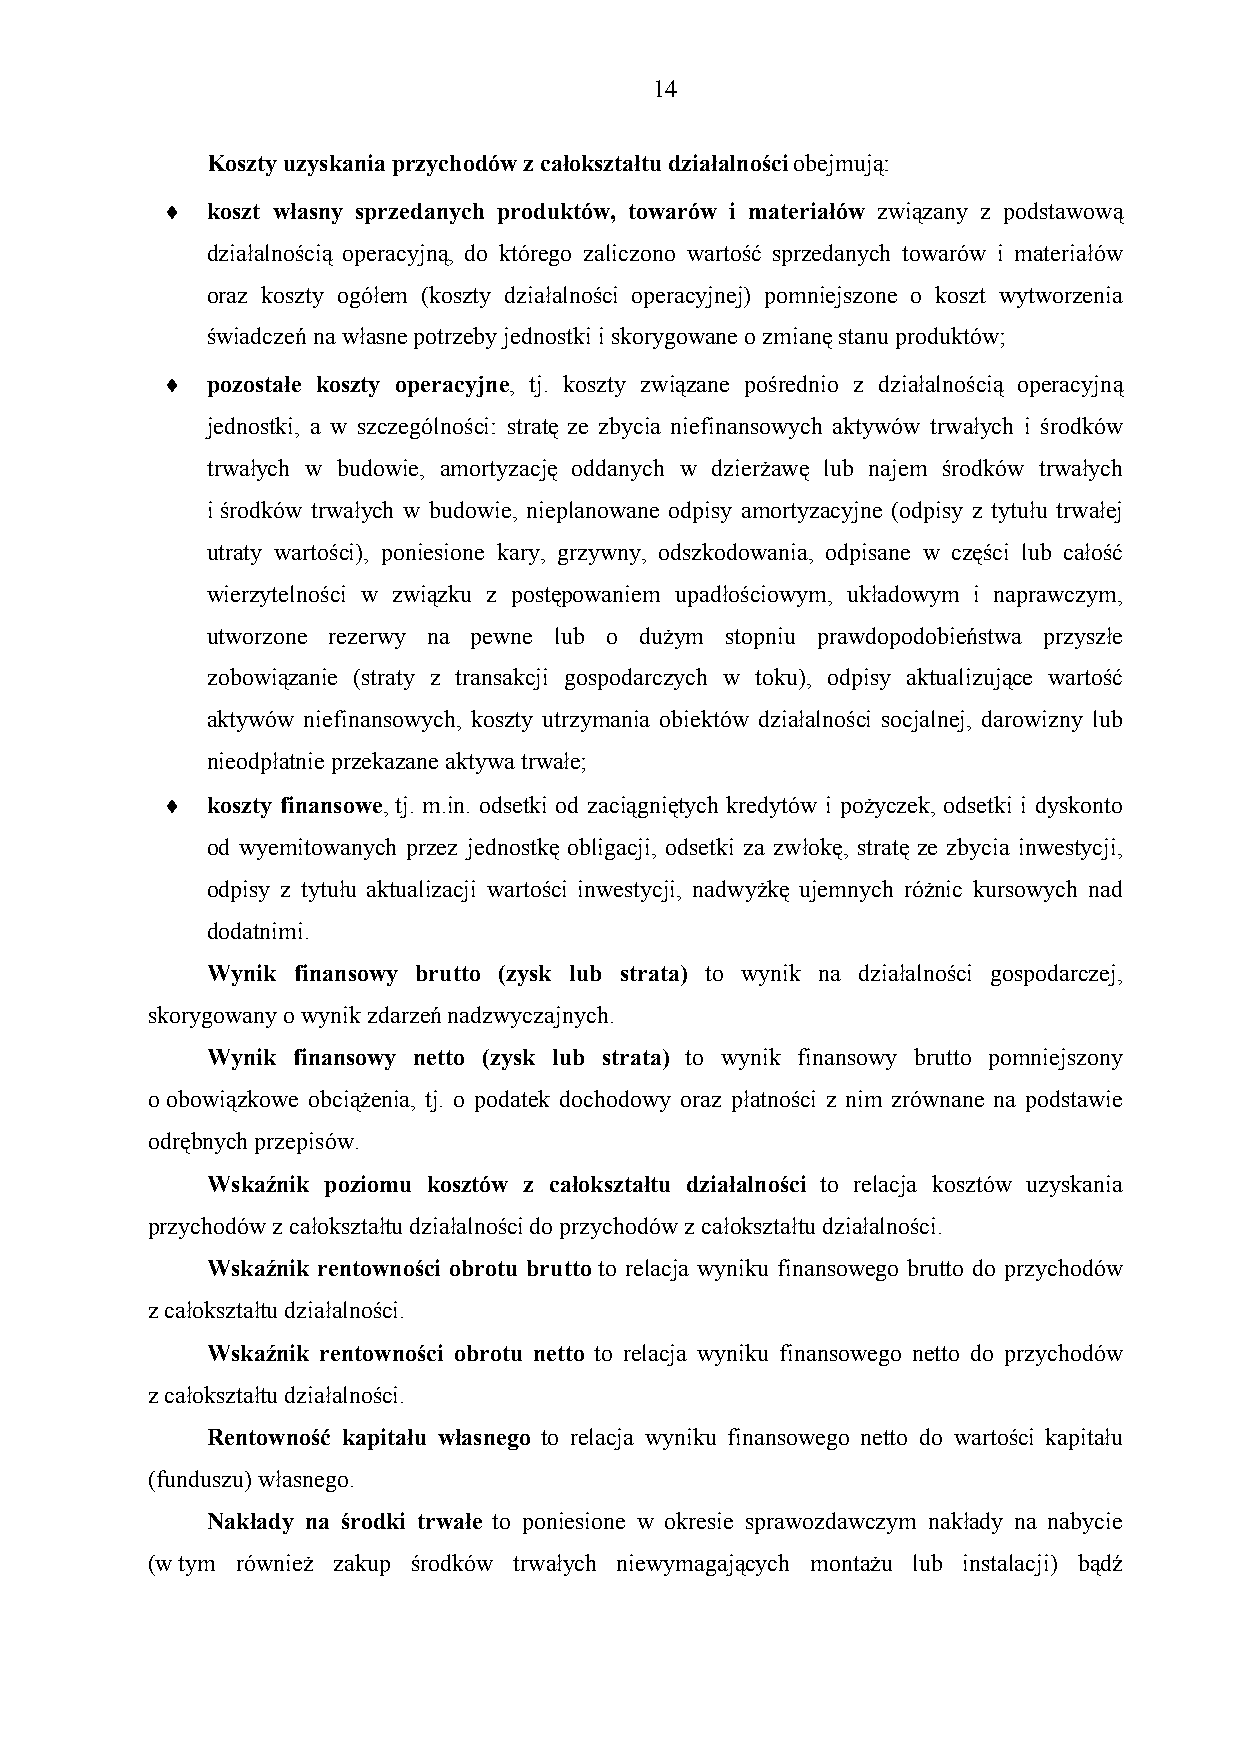
1 4
 Koszty uzyskania przychodów z całokształtu działalności obejmują:
   koszt własny sprzedanych produktów, towarów i materiałów związany z podstawową
 działalnością operacyjną, do którego zaliczono wartość sprzedanych towarów i materiałów
 oraz koszty ogółem (koszty działalności operacyjnej) pomniejszone o koszt wytworzenia
 świadczeń na własne potrzeby jednostki i skorygowane o zmianę stanu produktów;
   pozostałe koszty operacyjne, tj. koszty związane pośrednio z działalnością operacyjną
 jednostki, a w szczególności: stratę ze zbycia niefinansowych aktywów trwałych i środków
 trwałych w budowie, amortyzację oddanych w dzierżawę lub najem środków trwałych
 i środków trwałych w budowie, nieplanowane odpisy amortyzacyjne (odpisy z tytułu trwałej
 utraty wartości), poniesione kary, grzywny, odszkodowania, odpisane w części lub całość
 wierzytelności w związku z postępowaniem upadłościowym, układowym i naprawczym,
 utworzone rezerwy na pewne lub o dużym stopniu prawdopodobieństwa przyszłe
 zobowiązanie (straty z transakcji gospodarczych w toku), odpisy aktualizujące wartość
 aktywów niefinansowych, koszty utrzymania obiektów działalności socjalnej, darowizny lub
 nieodpłatnie przekazane aktywa trwałe;
   koszty finansowe, tj. m.in. odsetki od zaciągniętych kredytów i pożyczek, odsetki i dyskonto
 od wyemitowanych przez jednostkę obligacji, odsetki za zwłokę, stratę ze zbycia inwestycji,
 odpisy z tytułu aktualizacji wartości inwestycji, nadwyżkę ujemnych różnic kursowych nad
 dodatnimi.
 Wynik finansowy brutto (zysk lub strata) to wynik na działalności gospodarczej,
 skorygowany o wynik zdarzeń nadzwyczajnych.
 Wynik finansowy netto (zysk lub strata) to wynik finansowy brutto pomniejszony
 o obowiązkowe obciążenia, tj. o podatek dochodowy oraz płatności z nim zrównane na podstawie
 odrębnych przepisów.
 Wskaźnik poziomu kosztów z całokształtu działalności to relacja kosztów uzyskania
 przychodów z całokształtu działalności do przychodów z całokształtu działalności.
 Wskaźnik rentowności obrotu brutto to relacja wyniku finansowego brutto do przychodów
 z całokształtu działalności.
 Wskaźnik rentowności obrotu netto to relacja wyniku finansowego netto do przychodów
 z całokształtu działalności.
 Rentowność kapitału własnego to relacja wyniku finansowego netto do wartości kapitału
 (funduszu) własnego.
 Nakłady na środki trwałe to poniesione w okresie sprawozdawczym nakłady na nabycie
 (w tym również zakup środków trwałych niewymagających montażu lub instalacji) bądź